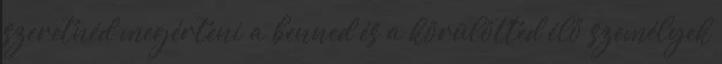
szeretnéd megérteni a benned és a körülötted élő személyek